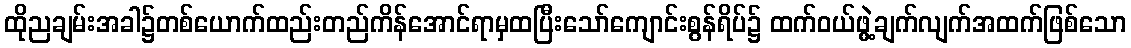
ထိုညချမ်းအခါ၌တစ်ယောက်ထည်းတည်ကိန်အောင်ရာမှထပြီးသော်ကျောင်းစွန်ရိပ်၌ ထက်ဝယ်ဖွဲ့ချက်လျက်အထက်ဖြစ်သော